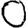
Digit: 0